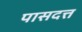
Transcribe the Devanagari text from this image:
पासदत्त